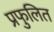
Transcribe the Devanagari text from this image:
प्रफुलित